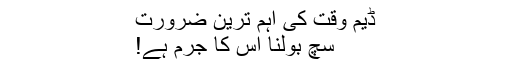
ڈیم وقت کی اہم ترین ضرورت
سچ بولنا اس کا جرم ہے!